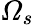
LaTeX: \varOmega_{s}